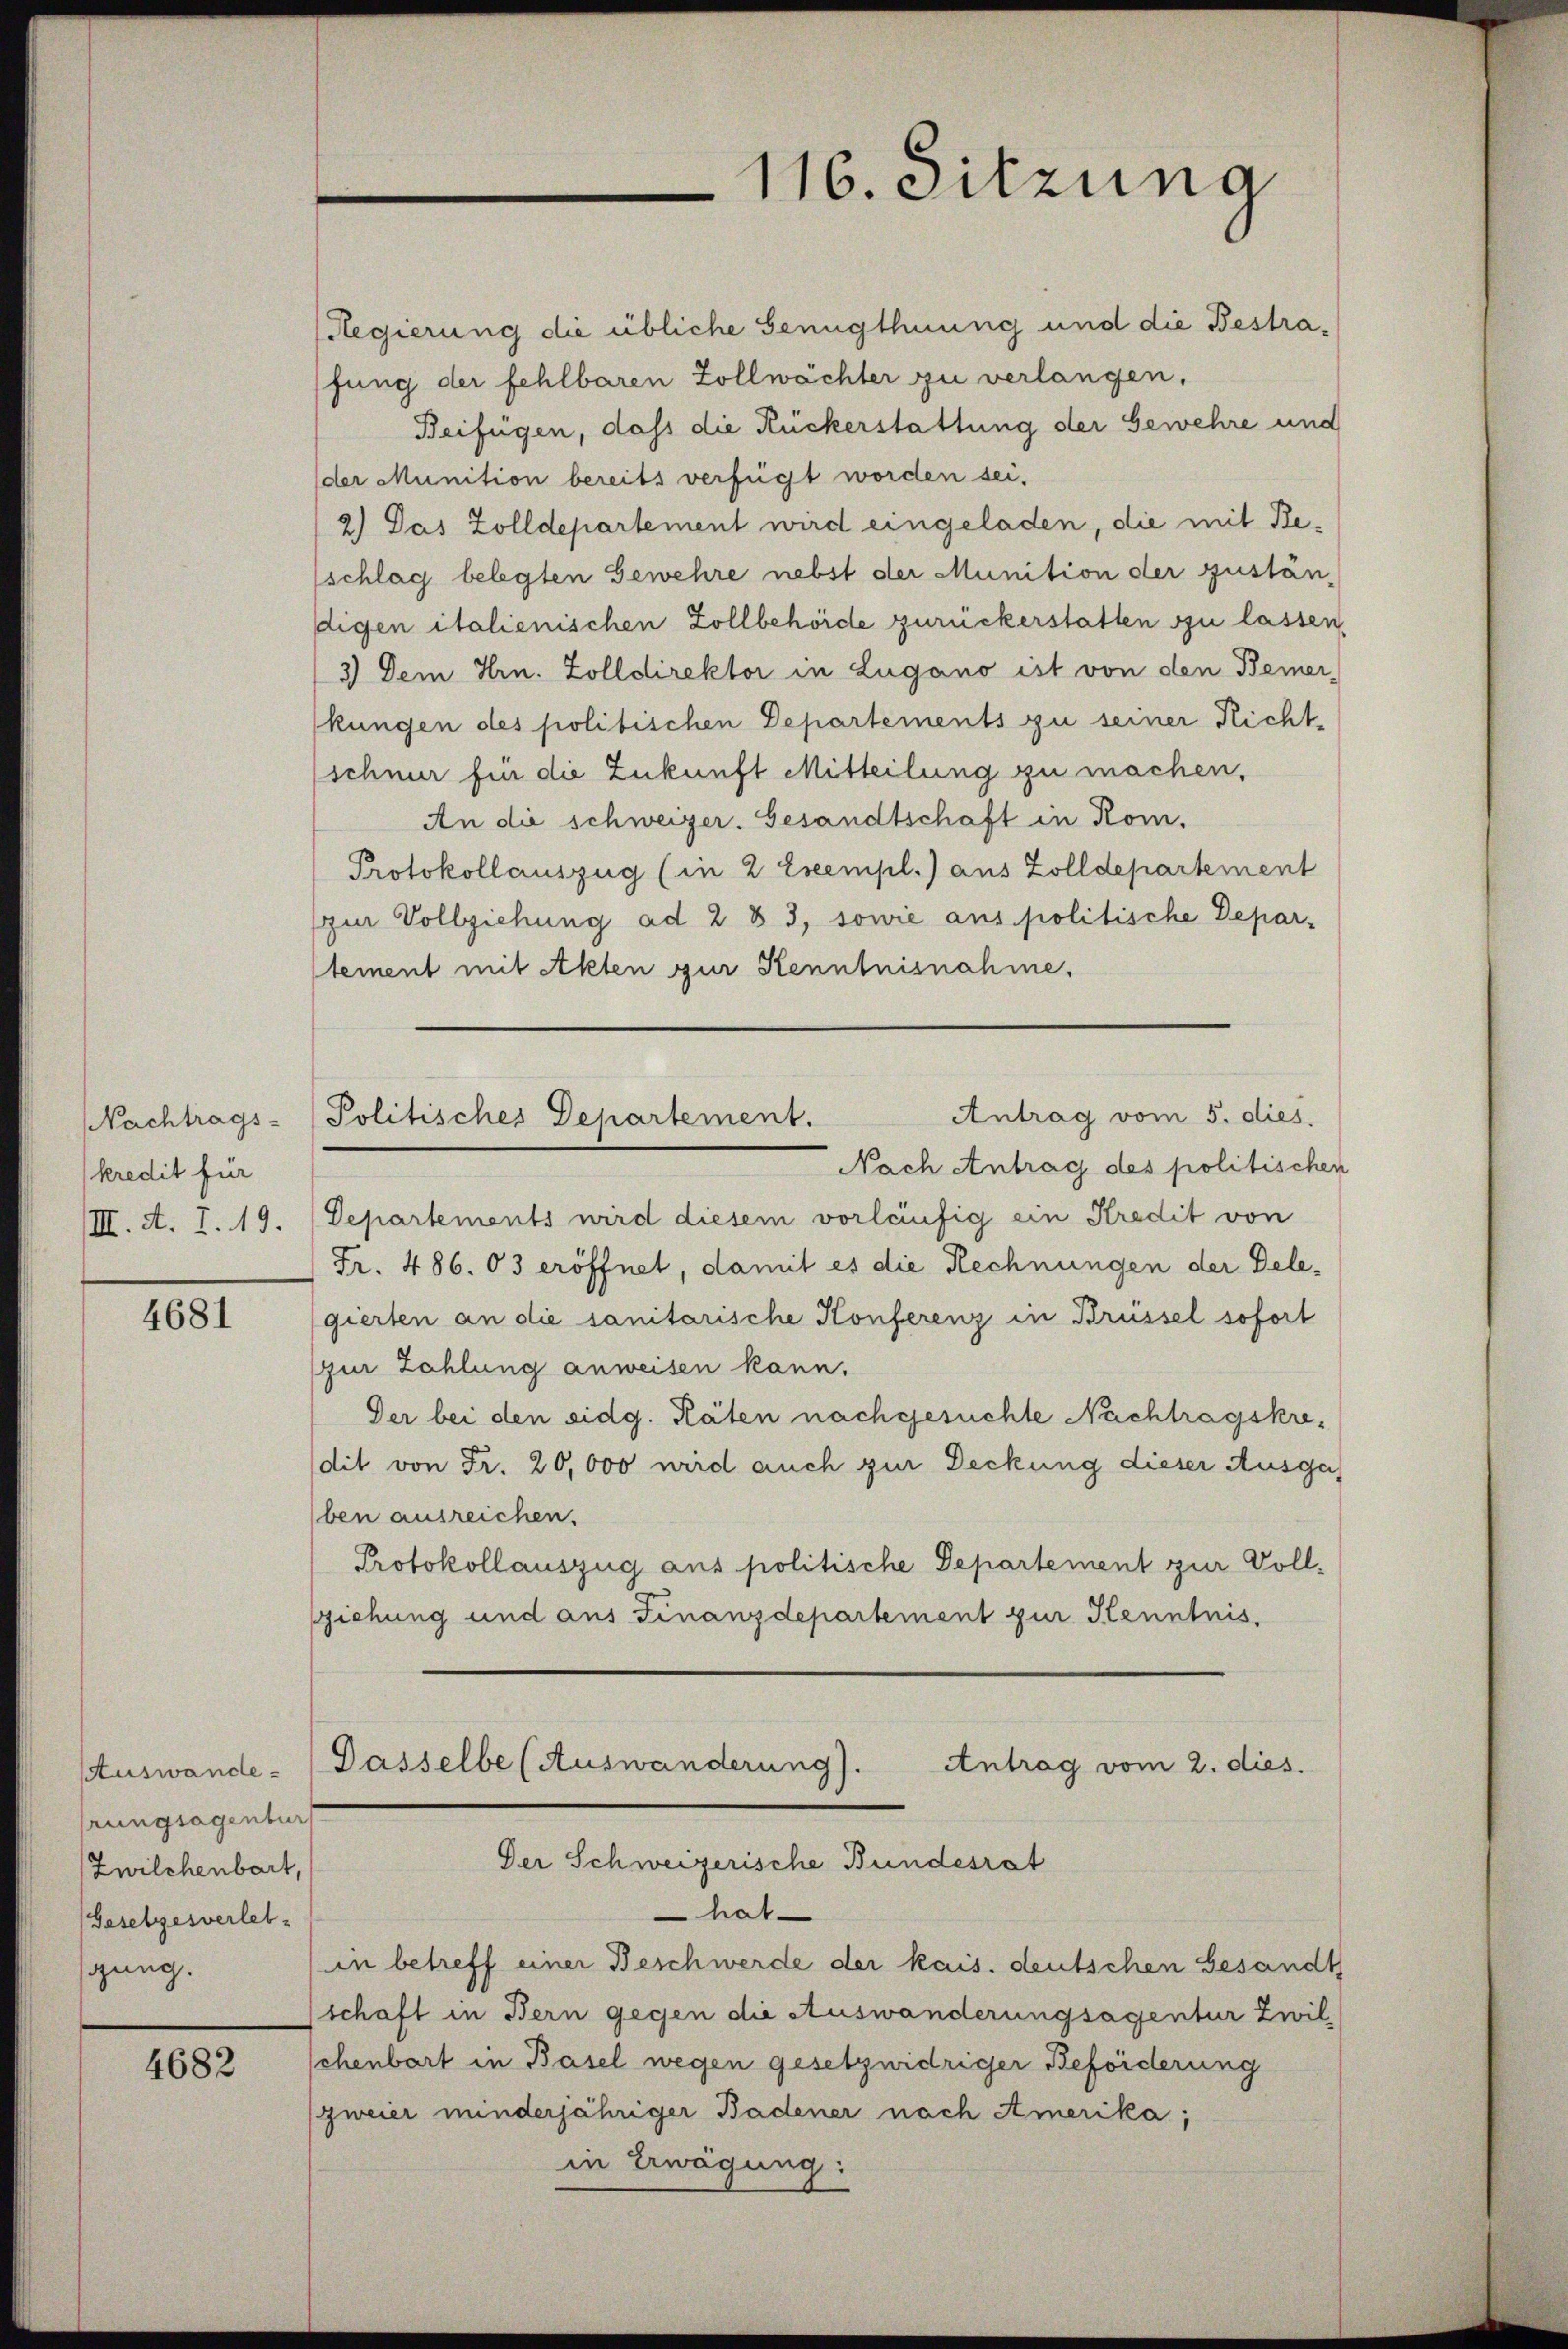
Nachtrags-
kredit für
III. A. I. 19.

4681

Auswande
rungsagentur
Zwilchenbart,
Gesetzesverletgung.

4682

116. Sitzung

Regierung die übliche Genugthuung und die Bestrafung der fehlbaren Zollwächter zu verlangen.
Beifügen, dass die Rückerstattung der Gewehre und
der Munition bereits verfügt worden sei.
2.) Das Zolldepartement wird eingeladen, die mit Beschlag belegten Gewehre nebst der Munition der zustän-
digen italienischen Zollbehörde zurückerstatten zu lassen,
3) Dem Hrn. Zolldirektor in Lugano ist von den Bemer-
kungen des politischen Departements zu seiner Richtschnur für die Zukunft Mitteilung zu machen,
An die schweizer. Gesandtschaft in Rom.
Protokollauszug (in 2 Exempl.) aus Zolldepartement
(zur Vollziehung ad 2 & 3, sowie aus politische Depar-
tement mit Akten zur Kenntnisnahme,

Antrag vom 5. dies.
Politisches Departement.

Nach Antrag des politischen
Departements wird diesem vorläufig ein Kredit von
Fr. 486. 03 eröffnet, damit es die Rechnungen der Delegierten an die sanitarische Konferenz in Brüssel sofort
zur Zahlung anweisen kann.
Der bei den eidg. Räten nachgesuchte Nachtragskredit von Fr. 20,000 wird auch zur Deckung dieser Ausgaben ausreichen.
Protokollauszug aus politische Departement zur Vollgziehung und aus Finanzdepartement zur Kenntnis.
Dasselbe (Auswanderung).
Antrag vom 2. dies
Der Schweizerische Bundesrat
hat
in betreff einer Beschwerde der kais. deutschen Gesandt
schaft in Bern gegen die Auswanderungsagentur Zwilchenbart in Basel wegen gesetzwidriger Beforderung
zweier minderjähriger Badener nach Amerika,
in Erwägung: